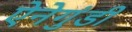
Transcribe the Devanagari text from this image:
ऐनेगुंडी